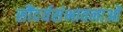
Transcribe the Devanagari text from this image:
सौंदर्यसंभावनाओं